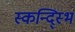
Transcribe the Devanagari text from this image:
स्कन्द्स्भि